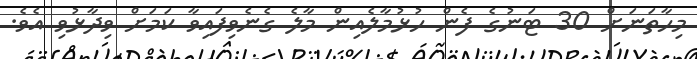
މިހާތަނަށް 30 ޓަނުގެ ފެން ހުޅުމާލެއިން މާލެ ގެނެވިފައިވާ ކަމަށް ވިދާޅުވި އެވެ.